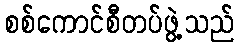
စစ်ကောင်စီတပ်ဖွဲ့သည်